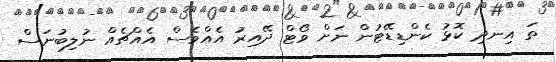
ތަ އިނދި ކޮޅު ކެންޑިޑޭޓުން ނަށް ވޯޓް ދޭއިރު އެއްވެސް އެއްޗެއް ނުލިބުނަސް